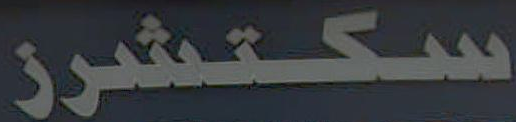
سكتشرز